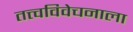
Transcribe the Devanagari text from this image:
तत्त्वविवेचनाला